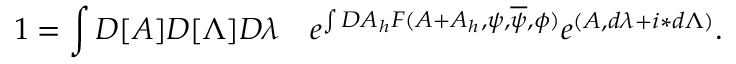
1 = \int { \cal D } [ A ] { \cal D } [ \Lambda ] { \cal D } \lambda \quad e ^ { \int { \cal D } A _ { h } F ( A + A _ { h } , \psi , \overline { { \psi } } , \phi ) } e ^ { ( A , d \lambda + i \ast d \Lambda ) } .